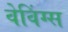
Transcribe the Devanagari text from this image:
वेविंग्स